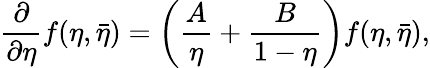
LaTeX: \frac{\partial}{\partial\eta}f(\eta,\bar{\eta})=\left(\frac{A}{\eta}+\frac{B}{1-\eta}\right)f(\eta,\bar{\eta}),